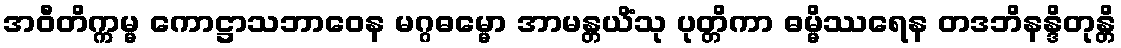
အဝီတိက္ကမ္မ ကောဋ္ဌာသဘာဝေန မဂ္ဂဓမ္မော အာမန္တယိံသု ပုတ္တိကာ ဓမ္မိဿရေန တဒဘိနန္ဒိတုန္တိ